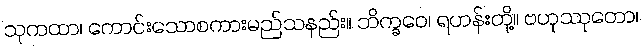
သုကထာ၊ ကောင်းသောစကားမည်သနည်း။ ဘိက္ခဝေ၊ ရဟန်းတို့။ ဗဟုဿုတော၊